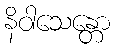
နိဝါသေန္တော